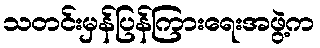
သတင်းမှန်ပြန်ကြားရေးအဖွဲ့က